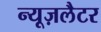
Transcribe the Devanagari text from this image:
न्यूज़लैटर